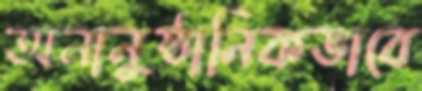
অনানুষ্ঠানিকভাবে